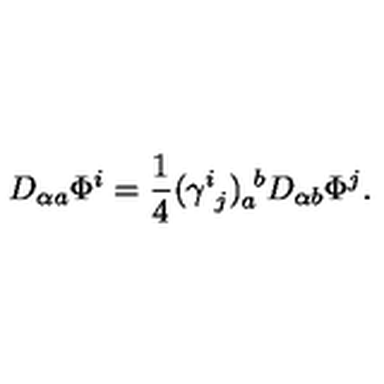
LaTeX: D _ { \alpha a } \Phi ^ { i } = { \frac { 1 } { 4 } } ( \gamma _ { \ j } ^ { i } ) _ { a } ^ { \ b } D _ { \alpha b } \Phi ^ { j } .